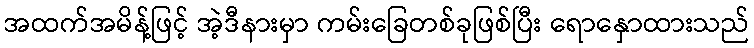
အထက်အမိန့်ဖြင့် အဲ့ဒီနားမှာ ကမ်းခြေတစ်ခုဖြစ်ပြီး ရောနှောထားသည်